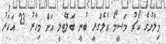
މިލާނުގެ ކޯޗު މަސީމޯ އެލެގްރީ ބުނީ ބަލޮޓެލީ އަށް މިހާރު 23 އަހަރު